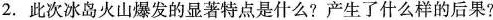
2.此次冰岛火山爆发的显著特点是什么?产生了什么样的后果?